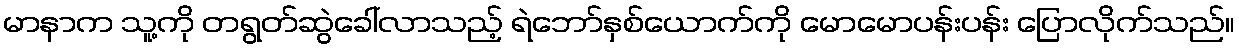
မာနာက သူ့ကို တရွတ်ဆွဲခေါ်လာသည့် ရဲဘော်နှစ်ယောက်ကို မောမောပန်းပန်း ပြောလိုက်သည်။